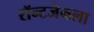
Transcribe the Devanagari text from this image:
रॉन्टजेनला